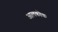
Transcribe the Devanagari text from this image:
आलकोक